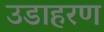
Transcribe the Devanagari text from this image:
उडाहरण